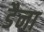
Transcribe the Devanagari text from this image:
डैना